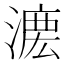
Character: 𣼄